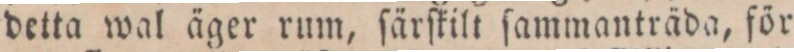
detta wal äger rum, ſärſkilt ſammanträda, för